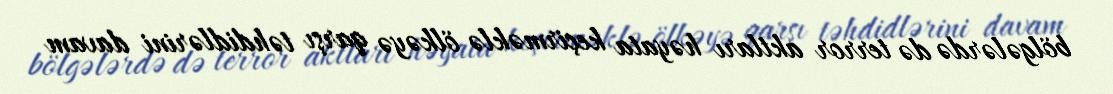
bölgələrdə də terror aktları həyata keçirməklə ölkəyə qarşı təhdidlərini davam